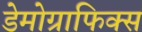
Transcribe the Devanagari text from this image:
डेमोग्राफिक्स